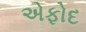
એફોદ